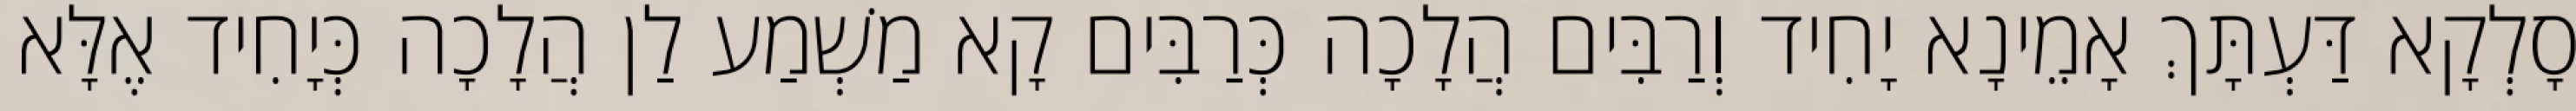
סָלְקָא דַּעְתָּךְ אָמֵינָא יָחִיד וְרַבִּים הֲלָכָה כְּרַבִּים קָא מַשְׁמַע לַן הֲלָכָה כְּיָחִיד אֶלָּא